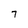
Character: 7